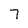
Character: 7